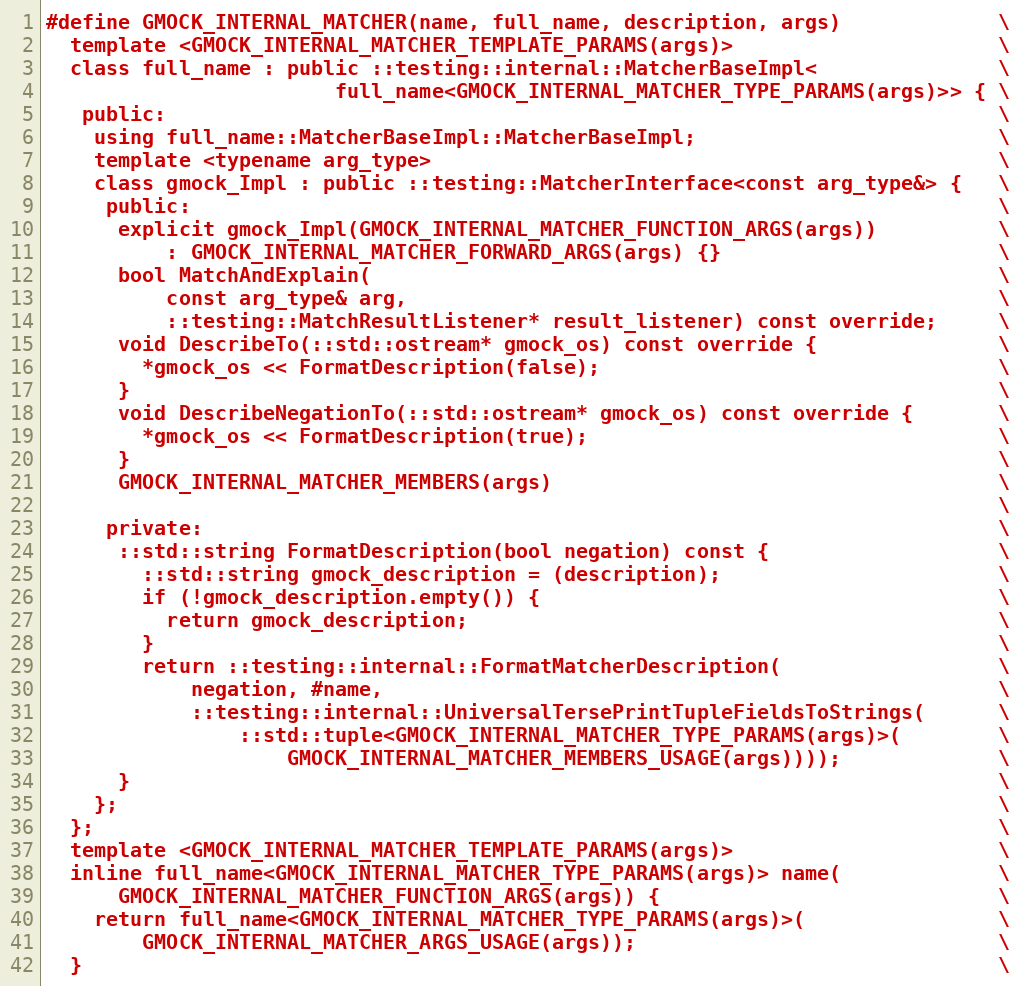
Language: C
#define GMOCK_INTERNAL_MATCHER(name, full_name, description, args)             \
  template <GMOCK_INTERNAL_MATCHER_TEMPLATE_PARAMS(args)>                      \
  class full_name : public ::testing::internal::MatcherBaseImpl<               \
                        full_name<GMOCK_INTERNAL_MATCHER_TYPE_PARAMS(args)>> { \
   public:                                                                     \
    using full_name::MatcherBaseImpl::MatcherBaseImpl;                         \
    template <typename arg_type>                                               \
    class gmock_Impl : public ::testing::MatcherInterface<const arg_type&> {   \
     public:                                                                   \
      explicit gmock_Impl(GMOCK_INTERNAL_MATCHER_FUNCTION_ARGS(args))          \
          : GMOCK_INTERNAL_MATCHER_FORWARD_ARGS(args) {}                       \
      bool MatchAndExplain(                                                    \
          const arg_type& arg,                                                 \
          ::testing::MatchResultListener* result_listener) const override;     \
      void DescribeTo(::std::ostream* gmock_os) const override {               \
        *gmock_os << FormatDescription(false);                                 \
      }                                                                        \
      void DescribeNegationTo(::std::ostream* gmock_os) const override {       \
        *gmock_os << FormatDescription(true);                                  \
      }                                                                        \
      GMOCK_INTERNAL_MATCHER_MEMBERS(args)                                     \
                                                                               \
     private:                                                                  \
      ::std::string FormatDescription(bool negation) const {                   \
        ::std::string gmock_description = (description);                       \
        if (!gmock_description.empty()) {                                      \
          return gmock_description;                                            \
        }                                                                      \
        return ::testing::internal::FormatMatcherDescription(                  \
            negation, #name,                                                   \
            ::testing::internal::UniversalTersePrintTupleFieldsToStrings(      \
                ::std::tuple<GMOCK_INTERNAL_MATCHER_TYPE_PARAMS(args)>(        \
                    GMOCK_INTERNAL_MATCHER_MEMBERS_USAGE(args))));             \
      }                                                                        \
    };                                                                         \
  };                                                                           \
  template <GMOCK_INTERNAL_MATCHER_TEMPLATE_PARAMS(args)>                      \
  inline full_name<GMOCK_INTERNAL_MATCHER_TYPE_PARAMS(args)> name(             \
      GMOCK_INTERNAL_MATCHER_FUNCTION_ARGS(args)) {                            \
    return full_name<GMOCK_INTERNAL_MATCHER_TYPE_PARAMS(args)>(                \
        GMOCK_INTERNAL_MATCHER_ARGS_USAGE(args));                              \
  }                                                                            \